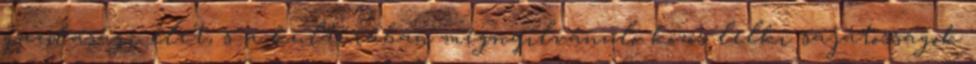
gazdasági élet, s a kultúrában megnyilvánuló közös lelki sajátosságok